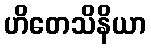
ဟိတေသိနိယာ